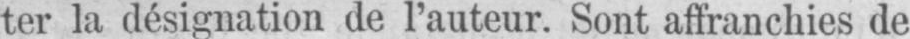
ter la désignation de l’auteur. Sont affranchies de